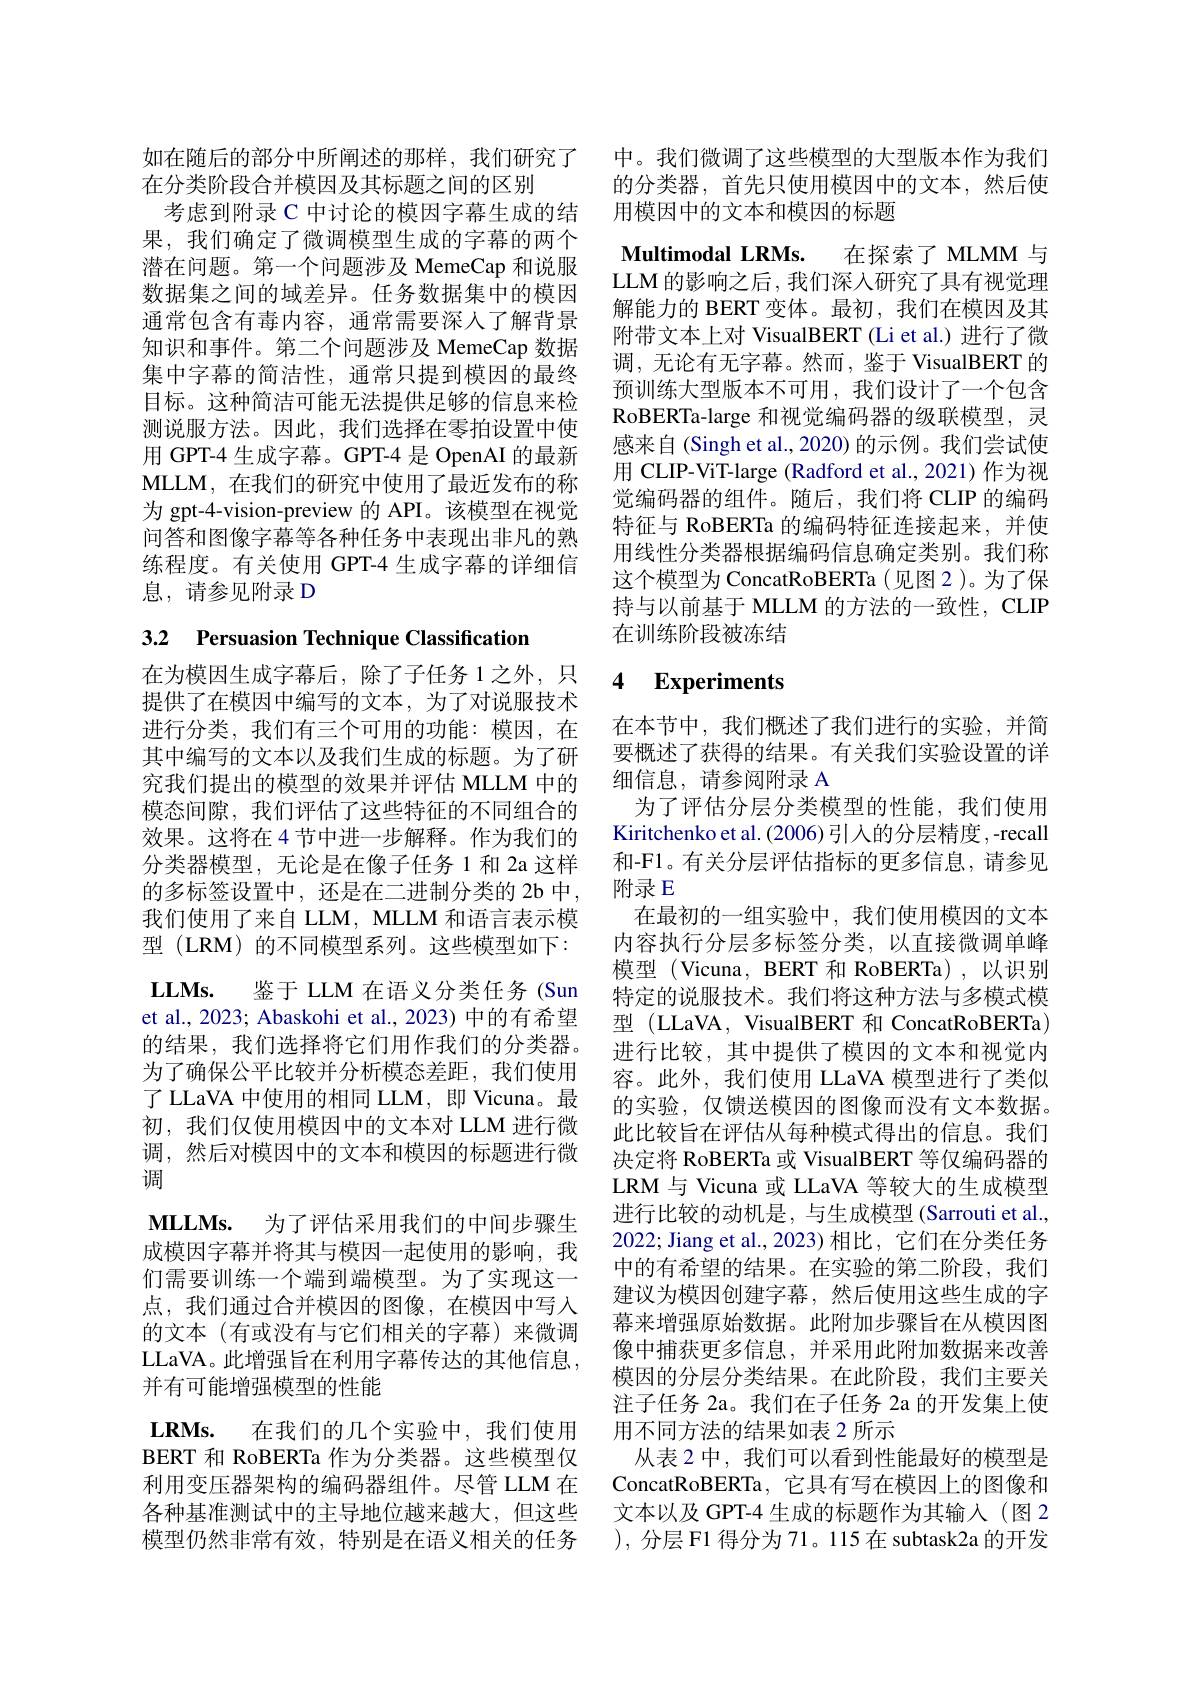
在分类阶段合并模因及其标题之间的区别
果，我们确定了微调模型生成的字幕的两个潜在问题。第一个问题涉及 MemeCap 和说服数据集之间的域差异。任务数据集中的模因通常包含有毒内容，通常需要深人了解背景知识和事件。第二个问题涉及 MemeCap 数据集中字幕的简洁性，通常只提到模因的最终目标。这种简洁可能无法提供足够的信息来检测说服方法。因此，我们选择在零拍设置中使用 GPT-4 生成字幕。GPT-4 是 OpenAI 的最新MLLM, 在 我 们 的 研 究 中 使 用 了 最 近 发 布 的 称 为 gpt-4-vision-preview 的 API。该模型在视觉问答和图像字幕等各种任务中表现出非凡的熟练程度。有关使用 GPT-4 生成字幕的详细信息，请参见附录 D

# 3.2 Persuasion Technique Classification

在为模因生成字幕后，除了子任务1之外，只提供了在模因中编写的文本，为了对说服技术进行分类，我们有三个可用的功能：模因，在其中编写的文本以及我们生成的标题。为了研究我们提出的模型的效果并评估 MLLM 中的模态间隙，我们评估了这些特征的不同组合的效果。这将在 4 节中进一步解释。作为我们的分类器模型，无论是在像子任务 1 和 2a 这样的多标签设置中，还是在二进制分类的 2b 中， 我们使用了来自 LLM, MLLM 和语言表示模型 (LRM) 的不同模型系列。这些模型如下： LLMs. 鉴于 LLM 在语义分类任务 (Sun et al., 2023; Abaskohi et al., 2023) 中的有希望的结果，我们选择将它们用作我们的分类器。为了确保公平比较并分析模态差距，我们使用了 LLaVA 中使用的相同 LLM, 即 Vicuna。最初，我们仅使用模因中的文本对 LLM 进行微调，然后对模因中的文本和模因的标题进行微调
$\mathbf{MLLMs. }$ 为了评估采用我们的中间步骤生成模因字幕并将其与模因一起使用的影响，我们需要训练一个端到端模型。为了实现这一点，我们通过合并模因的图像，在模因中写人的文本(有或没有与它们相关的字幕)来微调LLaVA。此增强旨在利用字幕传达的其他信息， 并有可能增强模型的性能
$\textbf{LRMs. }$ 在我们的几个实验中，我们使用BERT 和 RoBERTa 作为分类器。这些模型仅利用变压器架构的编码器组件。尽管 LLM 在 ConcatRoBERTa, 它具有写在模因上的图像和各种基准测试中的主导地位越来越大，但这些 文本以及 GPT-4 生成的标题作为其输入 (图 2模型仍然非常有效，特别是在语义相关的任务 ),分层 F1 得分为 71。115 在 subtask2a 的开发

如在随后的部分中所阐述的那样，我们研究了 中。我们微调了这些模型的大型版本作为我们
的分类器，首先只使用模因中的文本，然后使
考虑到附录 C 中讨论的模因字幕生成的结 用模因中的文本和模因的标题

Multimodal LRMs. 在探索了 MLMM 与

LLM 的影响之后，我们深入研究了具有视觉理解能力的 BERT 变体。最初，我们在模因及其附带文本上对 VisualBERT (Li et al.) 进行了微调，无论有无字幕。然而，鉴于 VisualBERT 的预训练大型版本不可用，我们设计了一个包含RoBERTa-large 和视觉编码器的级联模型，灵感来自(Singh et al., 2020) 的示例。我们尝试使用 CLIP-ViT-large (Radford et al.,2021)作为视觉编码器的组件。随后，我们将 CLIP 的编码特征与 RoBERTa 的编码特征连接起来，并使用线性分类器根据编码信息确定类别。我们称这个模型为 ConcatRoBERTa(见图2)。为了保持与以前基于 MLLM 的方法的一致性，CLIP 在训练阶段被冻结

# 4 Experiments

在本节中，我们概述了我们进行的实验，并简要概述了获得的结果。有关我们实验设置的详细信息，请参阅附录 A
为了评估分层分类模型的性能，我们使用Kiritchenko et al. (2006) 引入的分层精度 , -recall 和-F1。有关分层评估指标的更多信息，请参见附录 E
在最初的一组实验中，我们使用模因的文本内容执行分层多标签分类，以直接微调单峰模型 (Vicuna, BERT 和 RoBERTa),以识别特定的说服技术。我们将这种方法与多模式模型 (LLaVA, VisualBERT 和 ConcatRoBERTa) 进行比较，其中提供了模因的文本和视觉内容。此外，我们使用 LLaVA 模型进行了类似的实验，仅馈送模因的图像而没有文本数据。此比较旨在评估从每种模式得出的信息。我们决定将 RoBERTa 或 VisualBERT 等仅编码器的LRM 与 Vicuna 或 LLaVA 等较大的生成模型进行比较的动机是，与生成模型(Sarrouti et al., 2022; Jiang et al., 2023) 相比，它们在分类任务中的有希望的结果。在实验的第二阶段，我们建议为模因创建字幕，然后使用这些生成的字幕来增强原始数据。此附加步骤旨在从模因图像中捕获更多信息，并采用此附加数据来改善模因的分层分类结果。在此阶段，我们主要关注子任务 2a。我们在子任务 2a 的开发集上使用不同方法的结果如表 2 所示
从表 2 中，我们可以看到性能最好的模型是